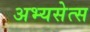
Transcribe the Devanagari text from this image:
अभ्यसेत्स